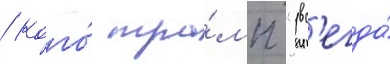
/ кого́ тра́мп "вс'егда́